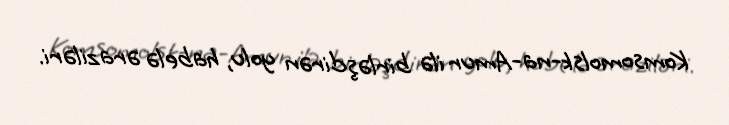
Komsomolsk-na-Amur ilə birləşdirən yolu, habelə əraziləri.